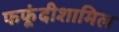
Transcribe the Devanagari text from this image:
फफूंदीशामिल